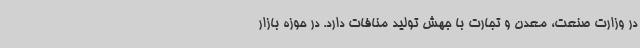
در وزارت صنعت، معدن و تجارت با جهش تولید منافات دارد. در حوزه بازار